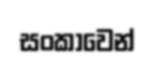
සංකාවෙන්